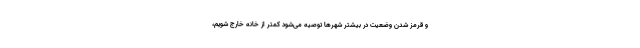
و قرمز شدن وضعیت در بیشتر شهرها توصیه می‌شود کمتر از خانه خارج شویم،